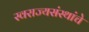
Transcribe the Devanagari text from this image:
स्वराज्यसंस्थांचे